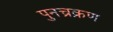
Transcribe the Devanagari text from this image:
पुनच्रक्रण